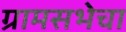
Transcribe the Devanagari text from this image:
ग्रामसभेचा